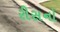
રીસનો